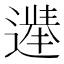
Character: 𫑀